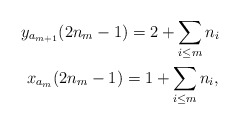
\begin{gather*}y_{a_{m+1}}(2n_m-1)=2+\sum\limits_{i\le m} n_i \ \\x_{a_m}(2n_m-1)=1+\sum\limits_{i\le m} n_i,\end{gather*}